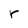
Character: r